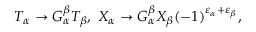
{ \cal T } _ { \alpha } \rightarrow G _ { \alpha } ^ { \beta } { \cal T } _ { \beta } , \; X _ { \alpha } \rightarrow G _ { \alpha } ^ { \beta } X _ { \beta } ( - 1 ) ^ { \varepsilon _ { \alpha } + \varepsilon _ { \beta } } ,